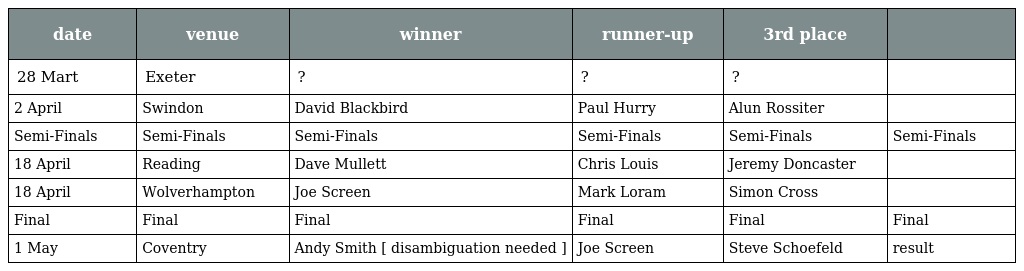
| date | venue | winner | runner-up | 3rd place |  |
 | --- | --- | --- | --- | --- | --- |
 | 28 Mart | Exeter | ? | ? | ? |  |
 | 2 April | Swindon | David Blackbird | Paul Hurry | Alun Rossiter |  |
 | Semi-Finals | Semi-Finals | Semi-Finals | Semi-Finals | Semi-Finals | Semi-Finals |
 | 18 April | Reading | Dave Mullett | Chris Louis | Jeremy Doncaster |  |
 | 18 April | Wolverhampton | Joe Screen | Mark Loram | Simon Cross |  |
 | Final | Final | Final | Final | Final | Final |
 | 1 May | Coventry | Andy Smith [ disambiguation needed ] | Joe Screen | Steve Schoefeld | result |